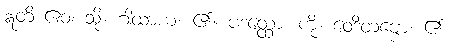
ဣတိ ဧဝံ၊ သို့။ ဂါထာယ၊ ၏။ ပဒတ္ထော၊ ကို။ ဝေဒိတဗ္ဗော၊ ၏။